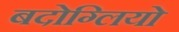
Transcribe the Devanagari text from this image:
बदोग्लियो